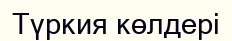
Түркия көлдері